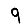
Digit: 9